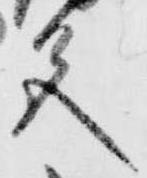
色